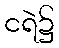
ငရဲ၌